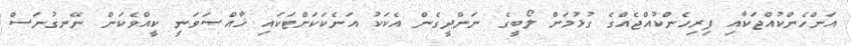
އަންހެންކުއްޖަކާއި ފިރިހެންކުއްޖެއްގެ ގުޅުމަށް ލޯބީގެ ނަންދީގެން އެކަކު އަނެކަކަށްޓަކައި ޚާއްޞަވަނީ ކީއްވެކަން ނޭނގުނަސް